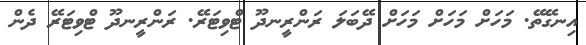
އިނގޭތޭ. މަހަށް މަހަށް މަހަށް ދޭބަލަ ރަންރީނދޫ ޓްވިޓަރޭ. ރަންރީނދޫ ޓްވިޓަރޭ ދެން